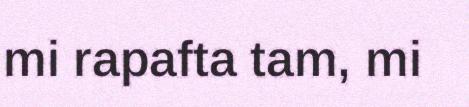
mi rapafta tam, mi